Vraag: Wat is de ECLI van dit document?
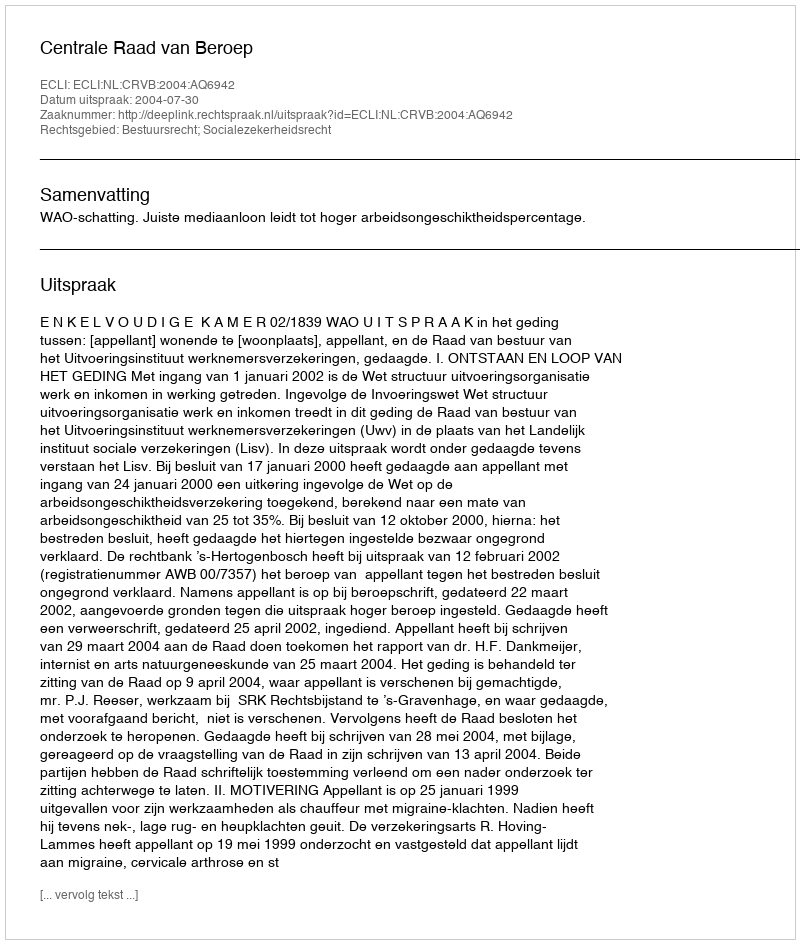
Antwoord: ECLI:NL:CRVB:2004:AQ6942